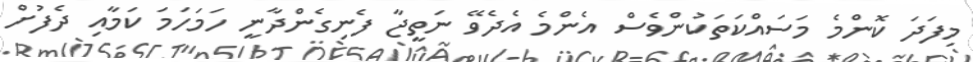
މިފަދަ ކޮންމެ މަސައްކަތަކުންވެސް އެންމެ އެދެވޭ ނަތީޖާ ފެނިގެންދާނީ ހަމަހަމަ ކަމާއި ދެފުށް